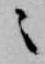
々